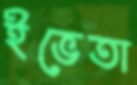
ইভেতা